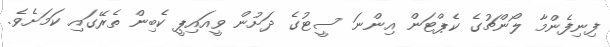
ފިނިފެންމާ ލޯންޗުގެ ކެޕްޓަން އިންނަ ސީޓުގެ ދަށުން ވީއައިޕީ ކެބިން ތެރޭގައި ކަމަށެވެ.